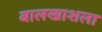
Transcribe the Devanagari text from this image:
बालखाशला